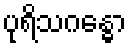
ပုရိသဂန္ဓော